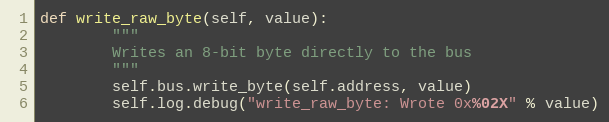
Language: Python
def write_raw_byte(self, value):
        """
        Writes an 8-bit byte directly to the bus
        """
        self.bus.write_byte(self.address, value)
        self.log.debug("write_raw_byte: Wrote 0x%02X" % value)